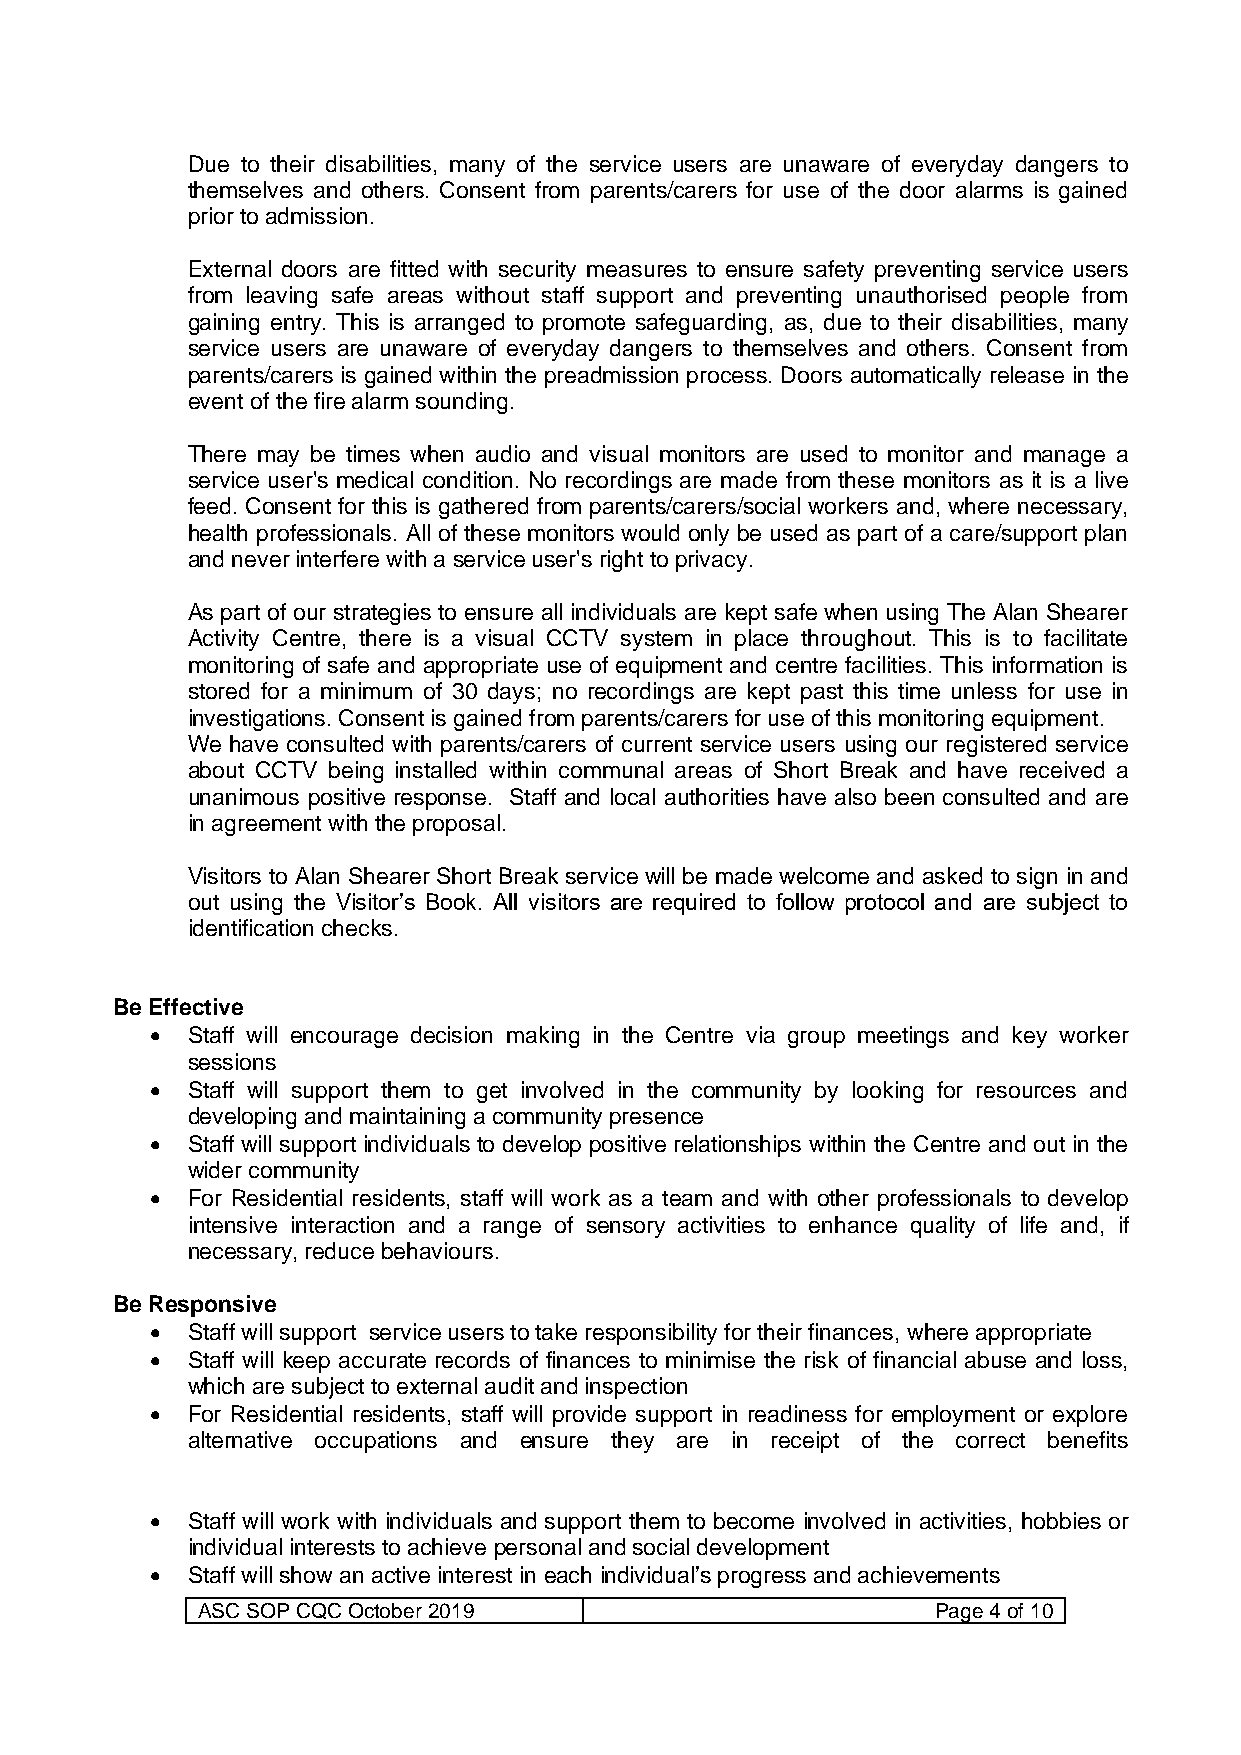
Due to their disabilities, many of the service users are unaware of everyday dangers to
 themselves and others. Consent from parents/carers for use of the door alarms is gained
 prior to admission.
 External doors are fitted with security measures to ensure safety preventing service users
 from leaving safe areas without staff support and preventing unauthorised people from
 gaining entry. This is arranged to promote safeguarding, as, due to their disabilities, many
 service users are unaware of everyday dangers to themselves and others. Consent from
 parents/carers is gained within the preadmission process. Doors automatically release in the
 event of the fire alarm sounding.
 There may be times when audio and visual monitors are used to monitor and manage a
 service user's medical condition. No recordings are made from these monitors as it is a live
 feed. Consent for this is gathered from parents/carers/social workers and, where necessary,
 health professionals. All of these monitors would only be used as part of a care/support plan
 and never interfere with a service user's right to privacy.
 As part of our strategies to ensure all individuals are kept safe when using The Alan Shearer
 Activity Centre, there is a visual CCTV system in place throughout. This is to facilitate
 monitoring of safe and appropriate use of equipment and centre facilities. This information is
 stored for a minimum of 30 days; no recordings are kept past this time unless for use in
 investigations. Consent is gained from parents/carers for use of this monitoring equipment.
 We have consulted with parents/carers of current service users using our registered service
 about CCTV being installed within communal areas of Short Break and have received a
 unanimous positive response. Staff and local authorities have also been consulted and are
 in agreement with the proposal.
 Visitors to Alan Shearer Short Break service will be made welcome and asked to sign in and
 out using the Visitor’s Book. All visitors are required to follow protocol and are subject to
 identification checks.
 Be Effective
 • Staff will encourage decision making in the Centre via group meetings and key worker
 sessions
 • Staff will support them to get involved in the community by looking for resources and
 developing and maintaining a community presence
 • Staff will support individuals to develop positive relationships within the Centre and out in the
 wider community
 • For Residential residents, staff will work as a team and with other professionals to develop
 intensive interaction and a range of sensory activities to enhance quality of life and, if
 necessary, reduce behaviours.
 Be Responsive
 • Staff will support service users to take responsibility for their finances, where appropriate
 • Staff will keep accurate records of finances to minimise the risk of financial abuse and loss,
 which are subject to external audit and inspection
 • For Residential residents, staff will provide support in readiness for employment or explore
 alternative occupations and ensure they are in receipt of the correct benefits
 • Staff will work with individuals and support them to become involved in activities, hobbies or
 individual interests to achieve personal and social development
 • Staff will show an active interest in each individual’s progress and achievements
 ASC SOP CQC October 2019                         Page 4 of 10